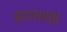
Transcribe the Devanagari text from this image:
हृदयग्राह्य